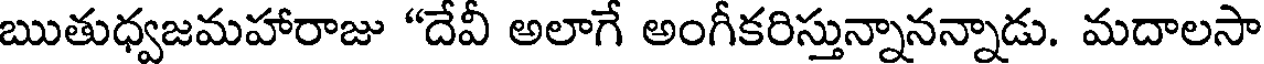
ఋతుధ్వజమహారాజు "దేవీ అలాగే అంగీకరిస్తున్నానన్నాడు. మదాలసా